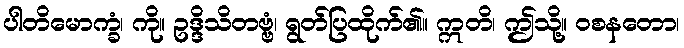
ပါတိမောက္ခံ၊ ကို။ ဥဒ္ဒိသိတဗ္ဗံ၊ ရွတ်ပြထိုက်၏။ ဣတိ၊ ဤသို့။ ဝစနတော၊